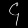
Digit: ၄